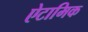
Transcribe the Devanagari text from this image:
ऐटामिक